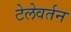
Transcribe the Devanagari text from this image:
टेलेवर्तन